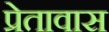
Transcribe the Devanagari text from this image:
प्रेतावास